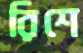
রিশে